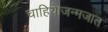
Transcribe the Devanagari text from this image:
चाहिये।जन्मजात